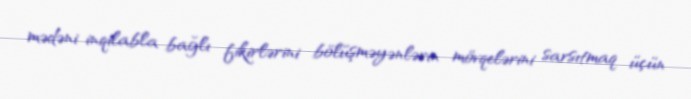
mədəni inqilabla bağlı fikirlərini bölüşməyənlərin mövqelərini sarsıtmaq üçün